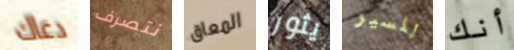
دعاك نتصرف المعاق يثور للسير أنك